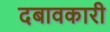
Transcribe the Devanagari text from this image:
दबावकारी